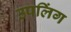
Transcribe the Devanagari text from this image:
उपलिंग